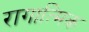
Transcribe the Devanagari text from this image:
रागात्मिक